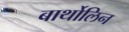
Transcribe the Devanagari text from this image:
बार्थोलिन